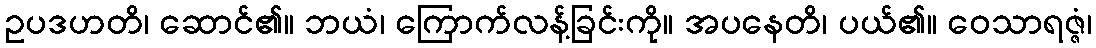
ဥပဒဟတိ၊ ဆောင်၏။ ဘယံ၊ ကြောက်လန့်ခြင်းကို။ အပနေတိ၊ ပယ်၏။ ဝေသာရဇ္ဇံ၊